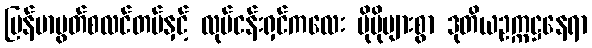
မြန်မာမွတ်စလင်တပ်နှင့် လုပ်ငန်းရှင်ကလေး ပိုမိုများစွာ ဒုတိယဥက္ကဋ္ဌနေရာ